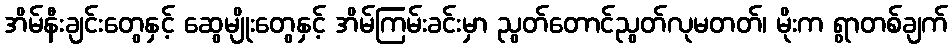
အိမ်နီးချင်းတွေနှင့် ဆွေမျိုးတွေနှင့် အိမ်ကြမ်းခင်းမှာ ညွတ်တောင်ညွတ်လုမတတ်၊ မိုးက ရွာတစ်ချက်